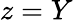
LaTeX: z=Y